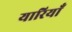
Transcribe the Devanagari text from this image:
यारियाँ